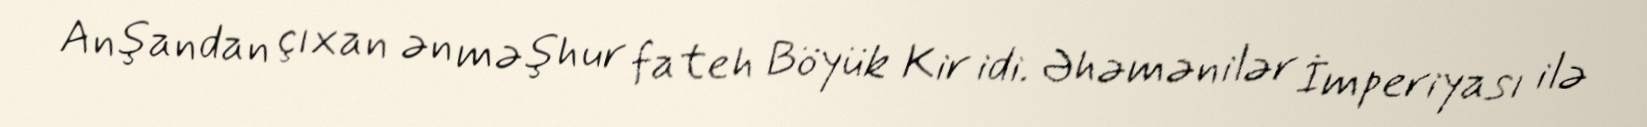
Anşandan çıxan ən məşhur fateh Böyük Kir idi. Əhəmənilər İmperiyası ilə